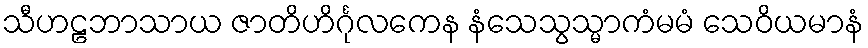
သီဟဠဘာသာယ ဇာတိဟိင်္ဂုလကေန နံသေသွသ္မာကံမမံ သေဝိယမာနံ